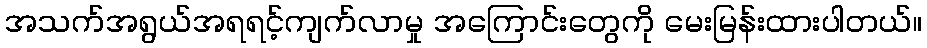
အသက်အရွယ်အရရင့်ကျက်လာမှု အကြောင်းတွေကို မေးမြန်းထားပါတယ်။